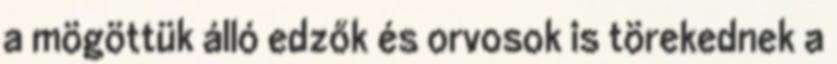
a mögöttük álló edzők és orvosok is törekednek a